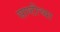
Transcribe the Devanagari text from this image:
साष्टीच्या